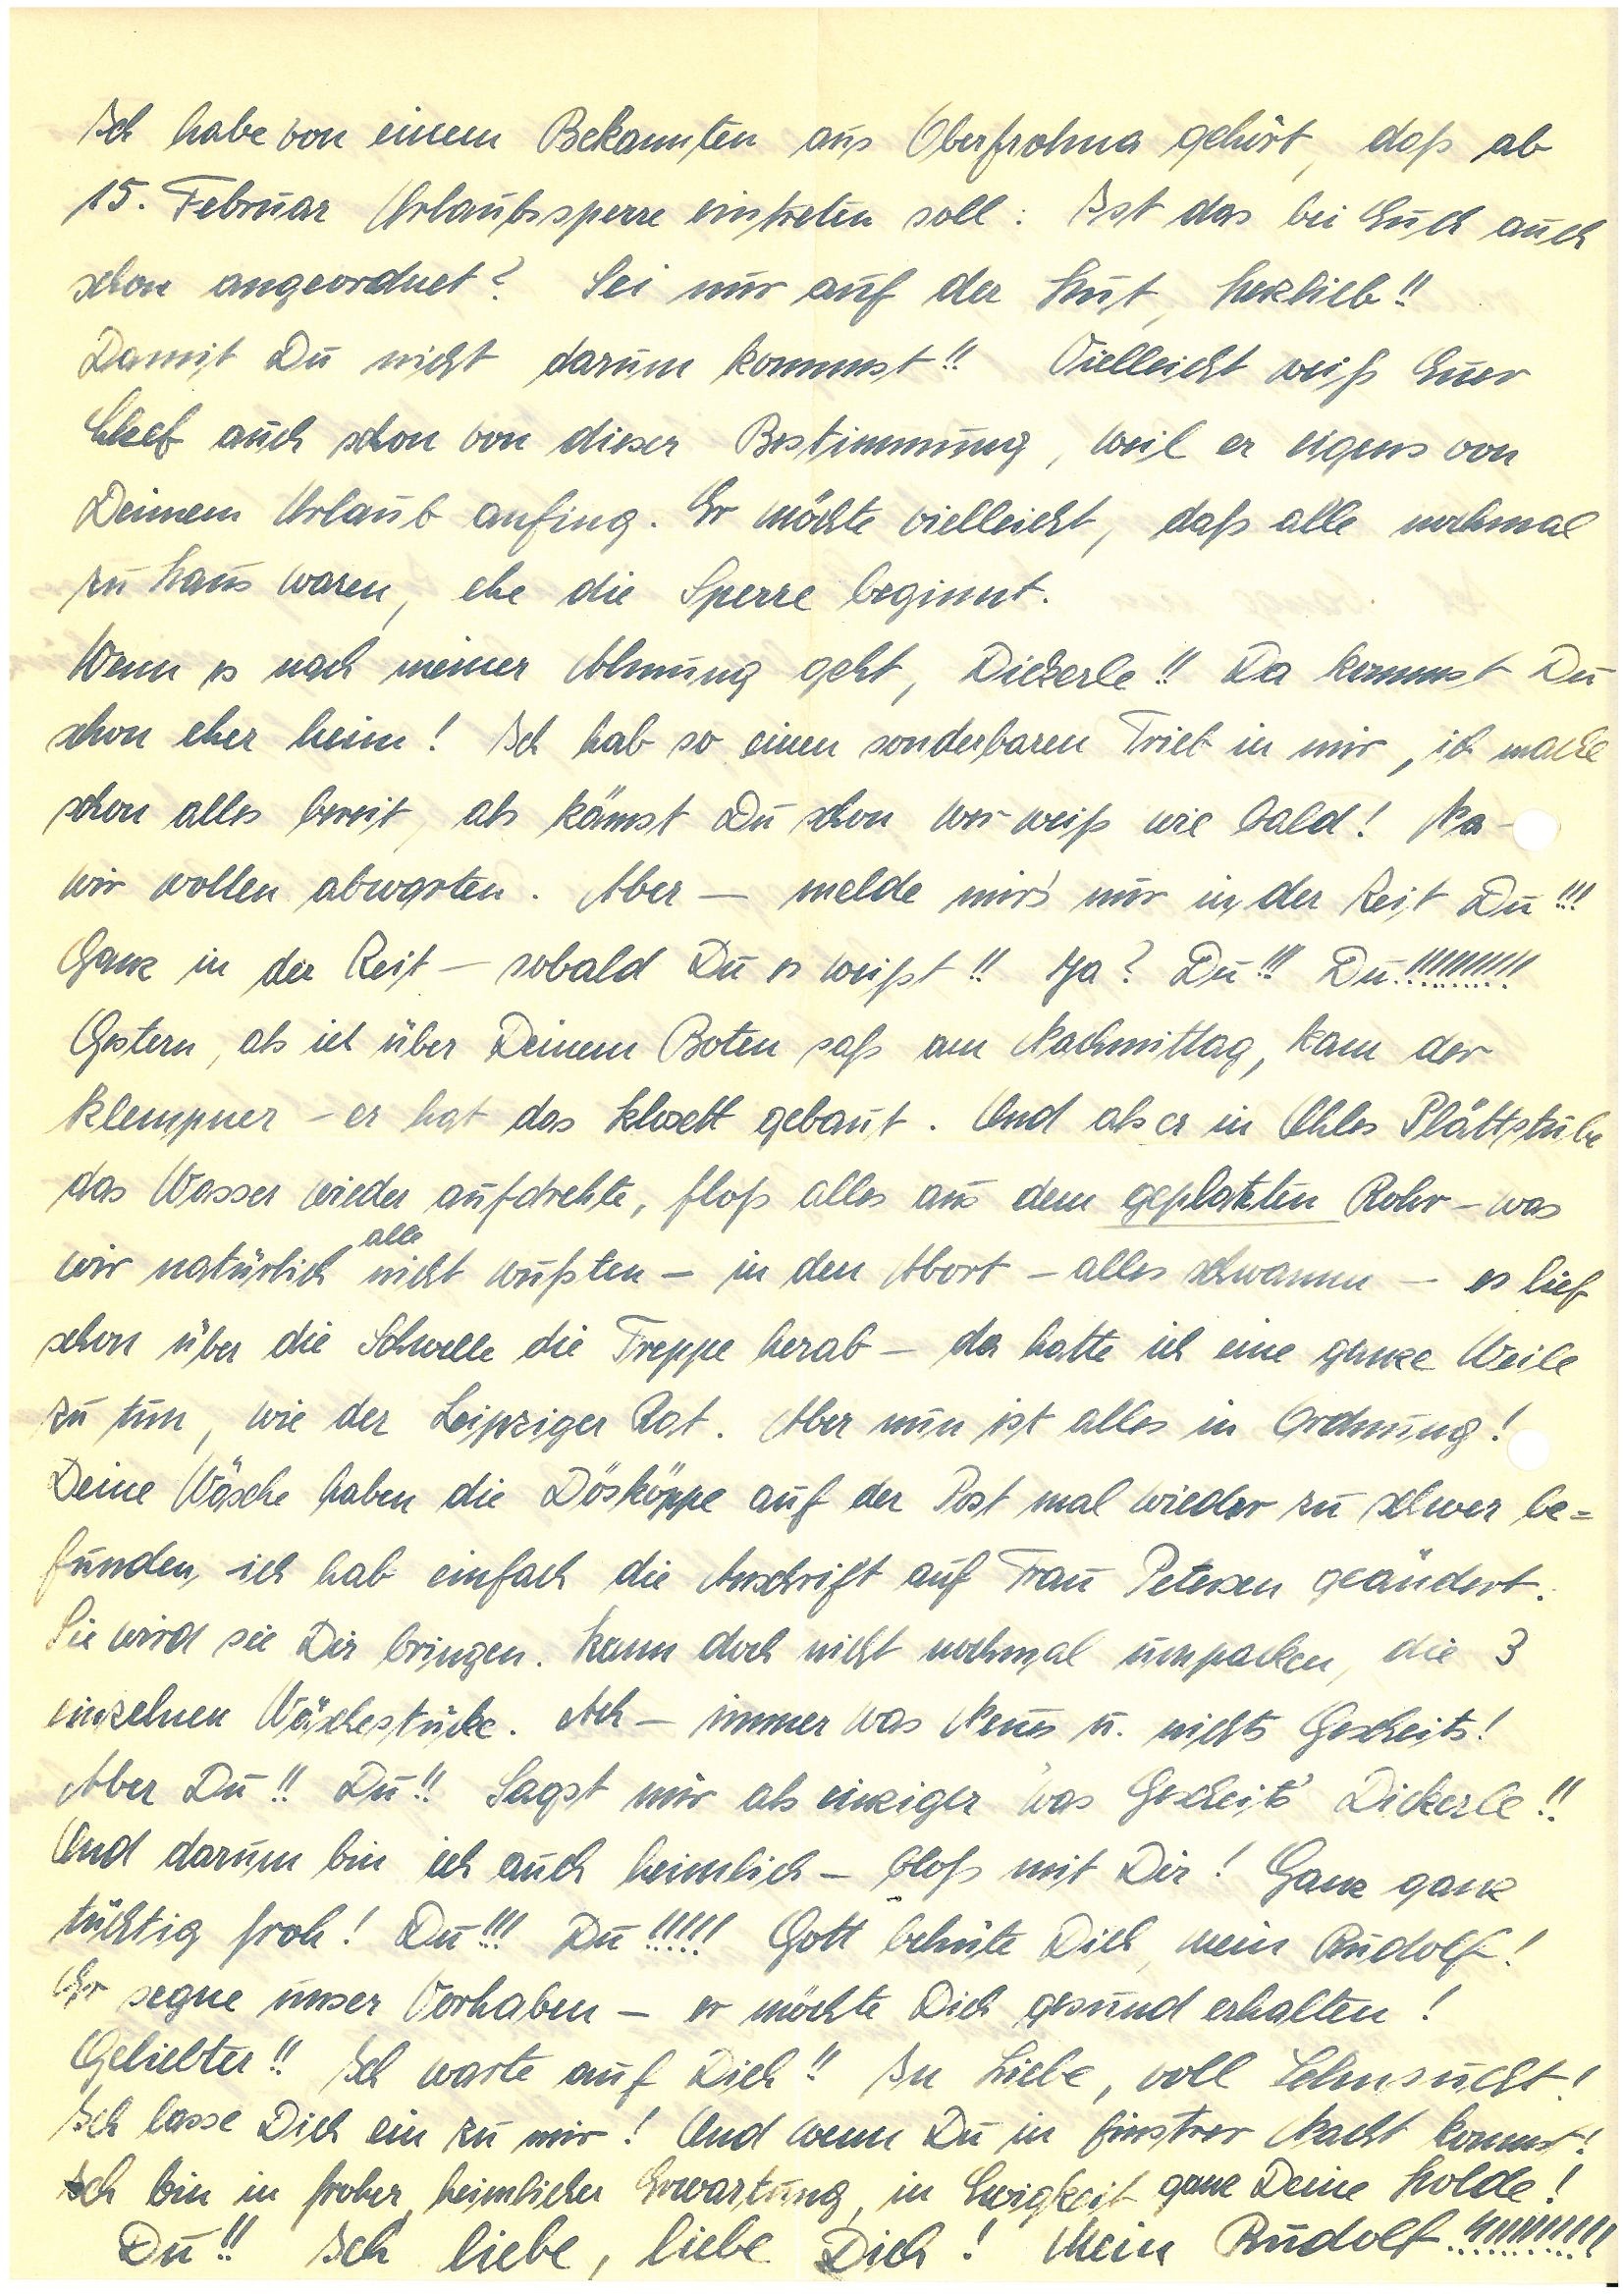
Ich habe von einem Bekannten aus O. gehört, daß ab
15. Februar Urlaubssperre eintreten soll. Ist das bei Euch auch
schon angeordnet? Sei nur auf der Hut, Herzlieb!!
Damit Du nicht darum kommst!! Vielleicht weiß Euer
Chef auch schon von dieser Bestimmung, weil er eigens von
Deinem Urlaub anfing. Er möchte vielleicht, daß alle nochmal
zu Haus waren, ehe die Sperre beginnt.
Wenn es nach meiner Ahnung geht, Dickerle!! Da kommst Du
schon eher heim! Ich hab so einen sonderbaren Trieb in mir, ich mache
schon alles bereit, als kämst Du schon wer weiß wie bald! Na –
wir wollen abwarten. Aber – melde mir’s nur in der Zeit Du!!!
Ganz in der Zeit – sobald Du es weißt!! Ja? Du!!! Du!!!!!!!!!!
Gestern, als ich über Deinem Boten saß am Nachmittag, kam der
Klempner – er hat das Klosett gebaut. Und als er in U.s Plättstube
das Wasser wieder aufdrehte, floß alles aus dem geplatzten Rohr – was
alle
wir natürlich nicht wußten – in den Abort – alles schwamm – es lief
schon über die Schwelle die Treppe herab – da hatte ich eine ganze Weile
zu tun, wie der Leipziger Rat. Aber nun ist alles in Ordnung!
Deine Wäsche haben die Dösköppe auf der Post mal wieder zu schwer be¬
funden, ich hab einfach die Anschrift auf Frau P. geändert.
Sie wird sie Dir bringen. Kann doch nicht nochmal umpacken, die 3
einzelnen Wäschestücke. Ach – immer was Neues u. nichts Gescheits!
Aber Du!! Du!! Sagst mir als einziger was Gescheit’s Dickerle!!
Und darum bin ich auch heimlich – bloß mit Dir! Ganz ganz
tüchtig froh! Du!!! Du!!!!! Gott behüte Dich, mein!
Er segne unser Vorhaben – er möchte Dich gesund erhalten!
Geliebter!! Ich warte auf Dich!! In Liebe, voll Sehnsucht!
Ich lasse Dich ein zu mir! Und wenn Du in finstrer Nacht kommst!
Ich bin in froher heimlicher Erwartung, in Ewigkeit ganz Deine Holde!
Du!! Ich liebe, liebe Dich! Mein !!!!!!!!!!!